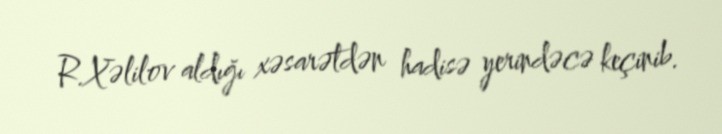
R.Xəlilov aldığı xəsarətdən hadisə yerindəcə keçinib.